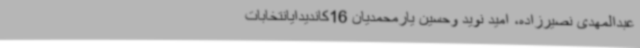
عبدالمهدی نصیرزاده، امید نوید وحسین یارمحمدیان 16کاندیدایانتخابات